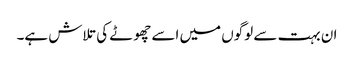
ان بہت سے لوگوں میں اسے چھوٹے کی تلاش ہے۔